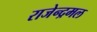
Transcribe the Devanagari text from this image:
राजेन्द्रमल